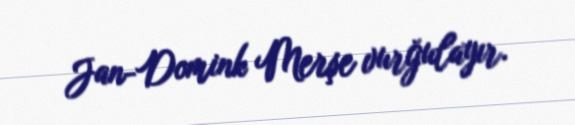
Jan-Domink Merşe vurğulayır.